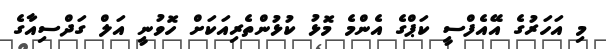
މި އަހަރުގެ އޭއެފްސީ ކަޕްގެ އެންމެ މޮޅު ކުޅުންތެރިއަކަށް ހޮވުނީ އަލް ގަދްސިއާގެ